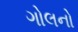
ગોલનો